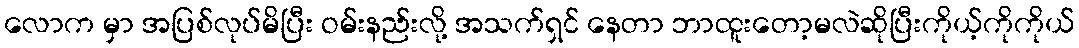
လောက မှာ အပြစ်လုပ်မိပြီး ဝမ်းနည်းလို့ အသက်ရှင် နေတာ ဘာထူးတော့မလဲဆိုပြီးကိုယ့်ကိုကိုယ်